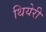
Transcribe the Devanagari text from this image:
थियेरी